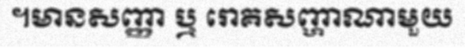
។មានសញ្ញា ឬ រោគសញ្ហាណាមួយ